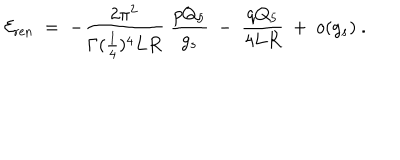
{ \cal E } _ { \mathrm { r e n } } \; = \; - { \frac { 2 \pi ^ { 2 } } { \Gamma ( { \frac { 1 } { 4 } } ) ^ { 4 } L R } } \; { \frac { p Q _ { 5 } } { g _ { s } } } \ - \ { \frac { q Q _ { 5 } } { 4 L R } } \ + \ o ( g _ { s } ) \ .